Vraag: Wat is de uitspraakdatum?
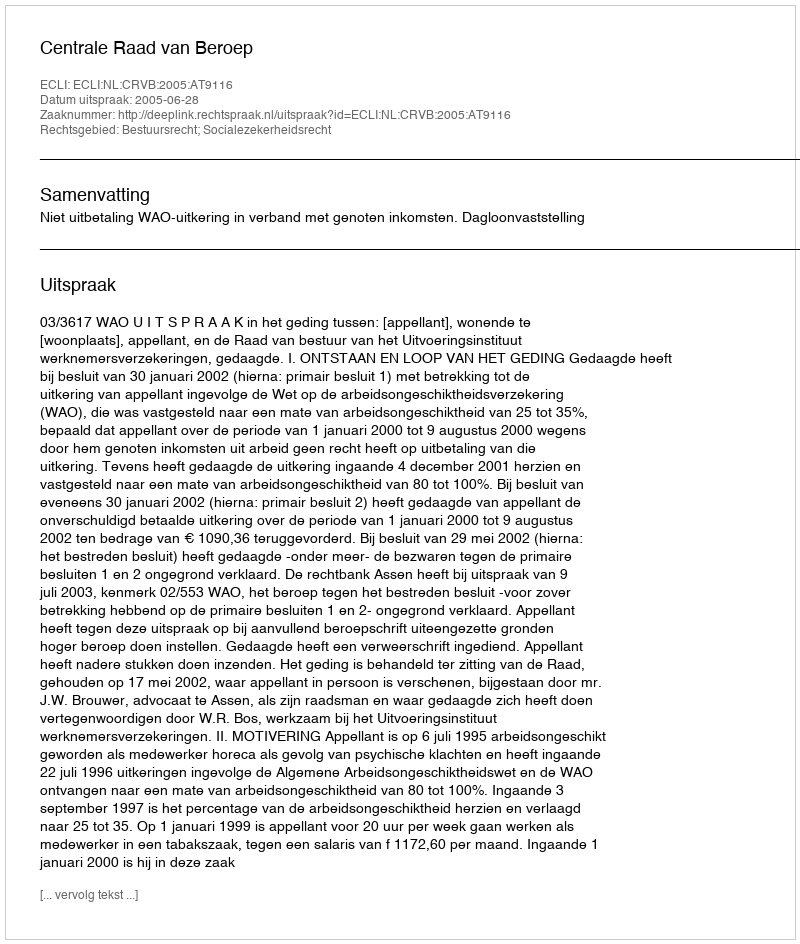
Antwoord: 2005-06-28